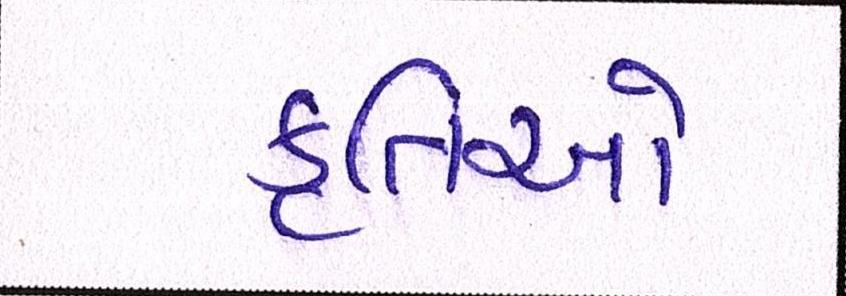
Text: કૃતિઓ